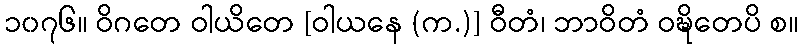
၁၀၇၆။ ဝိဂတေ ဝါယိတေ [ဝါယနေ (က.)] ဝီတံ၊ ဘာဝိတံ ဝဍ္ဎိတေပိ စ။